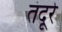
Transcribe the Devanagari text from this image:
तंदूरे